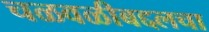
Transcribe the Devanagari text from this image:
चळवळीबद्दलचा